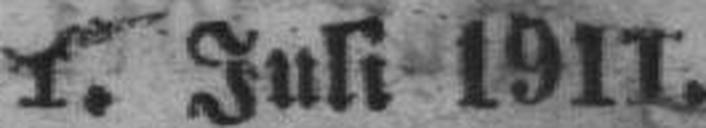
1. Juli 1911.